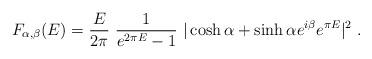
LaTeX: \begin{align*}F_{\alpha,\beta}(E) = {E\over 2\pi}~{1\over e^{2\pi E}-1}~|\cosh\alpha+ \sinh\alpha e^{i\beta} e^{\pi E}|^{2}~.\end{align*}